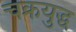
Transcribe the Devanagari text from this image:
चक्रयुद्ध